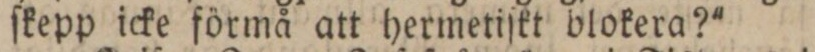
ſkepp icke förmå att hermetiſkt blokera?'